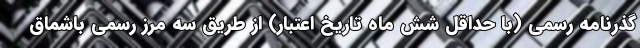
گذرنامه رسمی (با حداقل شش ماه تاریخ اعتبار) از طریق سه مرز رسمی باشماق